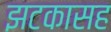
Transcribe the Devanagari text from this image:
झटकासह